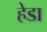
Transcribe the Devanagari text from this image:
हेडा